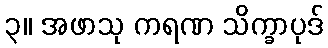
၃။ အဖာသု ကရဏ သိက္ခာပုဒ်